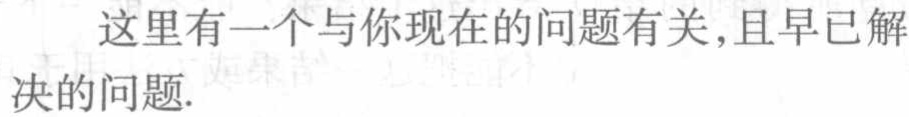
这里有一个与你现在的问题有关,且早已解决的问题.